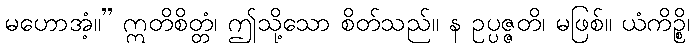
မဟောအံ့။” ဣတိစိတ္တံ၊ ဤသို့သော စိတ်သည်။ န ဥပ္ပဇ္ဇတိ၊ မဖြစ်။ ယံကိဉ္စိ၊